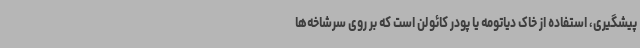
پیشگیری، استفاده از خاک دیاتومه یا پودر کائولن است که بر روی سرشاخه‌ها